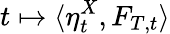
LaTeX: t\mapsto\langle\eta_{t}^{X},F_{T,t}\rangle